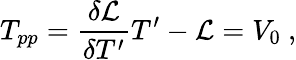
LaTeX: T_{pp}={\frac{\delta{{\cal L}}}{\delta T^{\prime}}}T^{\prime}-{\cal L}=V_{0}\ ,